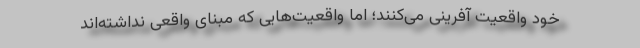
خود واقعیت آفرینی می‌کنند؛ اما واقعیت‌هایی که مبنای واقعی نداشته‌اند